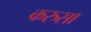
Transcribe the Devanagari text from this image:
करुसा